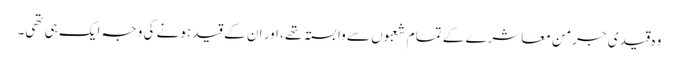
وہ قیدی جرمن معاشرے کے تمام شعبوں سے وابستہ تھے، اور ان کے قید ہونے کی وجہ ایک ہی تھی۔